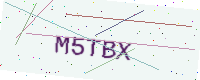
Text: M5TBX